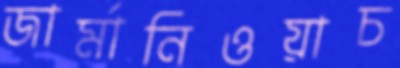
জার্মানিওয়াচ